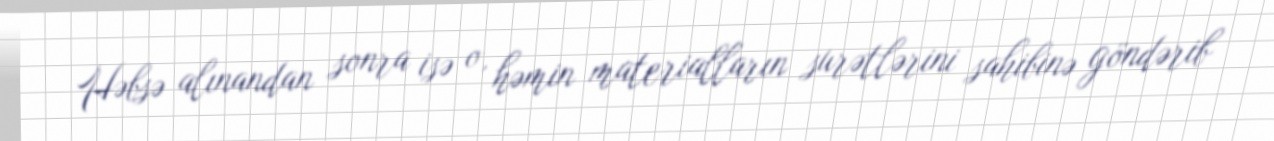
Həbsə alınandan sonra isə o, həmin materialların surətlərini sahibinə göndərib